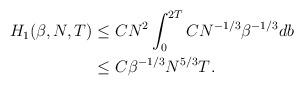
LaTeX: \begin{align*} H_1(\beta,N,T) &\le CN^2\int_{0}^{2T} CN^{-1/3}\beta^{-1/3} db\\&\le C\beta^{-1/3}N^{5/3} T^{}. \end{align*}